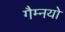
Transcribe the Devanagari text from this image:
गैम्नयो